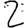
Digit: 2